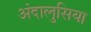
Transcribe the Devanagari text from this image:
अंदालुसिया